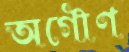
অগৌণ